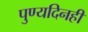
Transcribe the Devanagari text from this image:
पुण्यदिनही